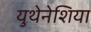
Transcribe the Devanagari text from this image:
युथेनेशिया